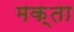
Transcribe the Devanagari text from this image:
मक़्ता